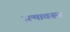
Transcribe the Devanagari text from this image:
जन्मावरून